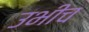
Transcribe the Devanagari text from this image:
उभीच